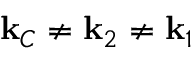
\mathbf { k } _ { C } \neq \mathbf { k } _ { 2 } \neq \mathbf { k } _ { 1 }